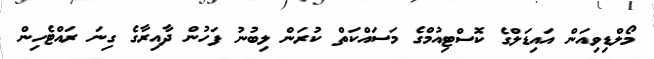
މޯލްޑިވިއަން އައިޑަލްގެ ކޮސްޓިއުމްގެ މަސައްކަތް ކުރަން ލިބުނު ފަހުން ދާއިރާގެ ގިނަ ރައްޓެހިން